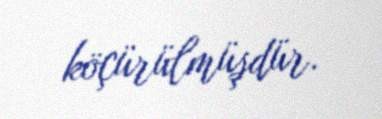
köçürülmüşdür.